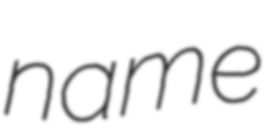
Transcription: name